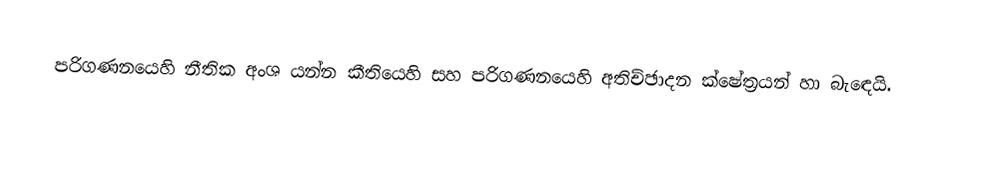
පරිගණනයෙහි නීතික අංශ යන්න කීතියෙහි සහ පරිගණනයෙහි අතිච්ඡාදන ක්ෂේත්‍රයන් හා බැඳෙයි.